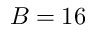
B = 1 6